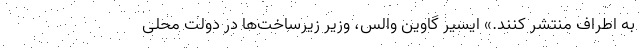
به اطراف منتشر کنند.» ایسیر گاوین والس، وزیر زیرساخت‌ها در دولت محلی